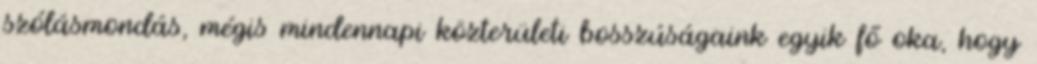
szólásmondás, mégis mindennapi közterületi bosszúságaink egyik fő oka, hogy